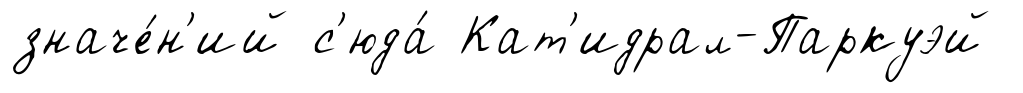
значе́н'ий с'юда́ Кат'идрал-Паркуэй